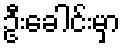
ဦးခေါင်းမှာ